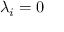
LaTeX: \lambda _ { i } = 0